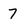
Character: 7